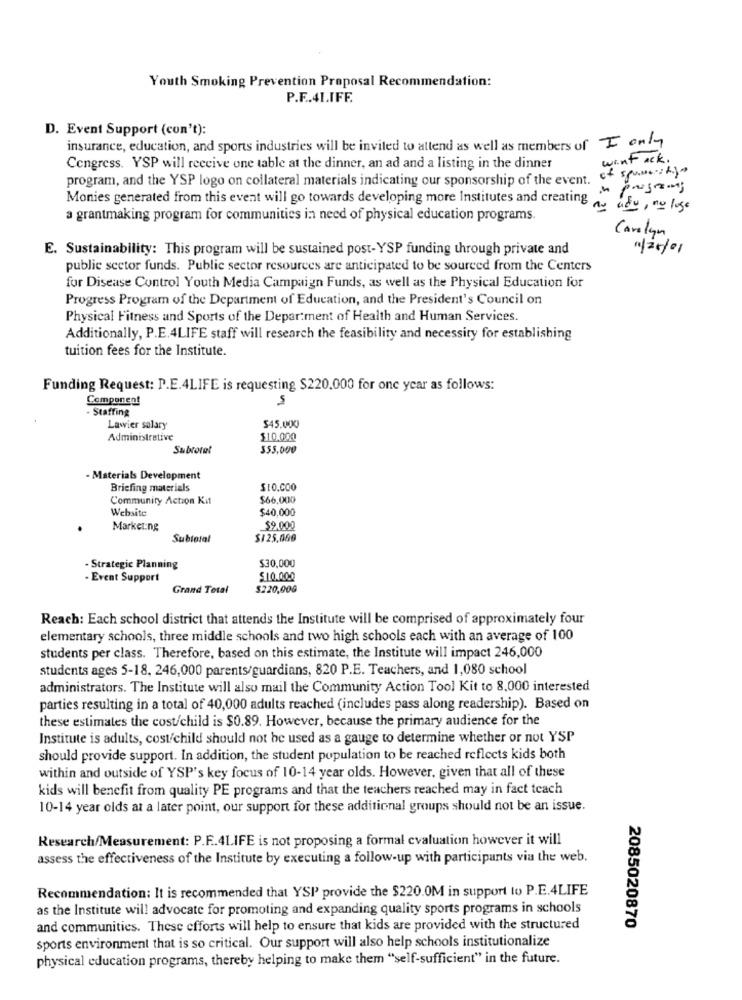
Youth Smoking Prevention Proposal Recommendation:
P.F .. 41.IFF.
D. Event Support (con't):
insurance, education, and sports industries will be invited to attend as well as members of I only
want ack .
Congress. YSP will receive one table at the dinner, an ad and a listing in the dinner
program, and the YSP logo on collateral materials indicating our sponsorship of the event.
n progreing
Monies generated from this event will go towards developing more Institutes and creating
as ady, no loge
a grantmaking program for communities in need of physical education programs.
Carolyn
E. Sustainability: This program will be sustained post-YSP funding through private and
1/10/01
public sector funds. Public sector resources are anticipated to be sourced from the Centers
for Disease Control Youth Media Campaign Funds, as well as the Physical Education for
Progress Program of the Department of Education, and the President's Council on
Physical Fitness and Sports of the Department of Health and Human Services.
Additionally, P.E.4LIFE staff will research the feasibility and necessity for establishing
tuition fees for the Institute.
Funding Request: P.E.4LIFE is requesting $220.000 for one year as follows:
Component
5
- Staffing
Lawier salary
$45.000
Administrative
$10.000
Subtotal
355,000
- Materials Development
Briefing materials
$10.000
Community Action Kit
$66.000
Website
$40,000
Marketing
$9.000
Subtotal
$125,080
Strategic Planning
$30,000
- Event Support
$10.000
Grand Total
$220,00G
Reach: Each school district that attends the Institute will be comprised of approximately four
elementary schools, three middle schools and two high schools each with an average of 100
students per class. Therefore, based on this estimate, the Institute will impact 246,000
students ages 5-18, 246,000 parents/guardians, 820 P.E. Teachers, and 1,080 school
administrators. The Institute will also mail the Community Action Tool Kit to 8,000 interested
parties resulting in a total of 40,000 adults reached (includes pass along readership). Based on
these estimates the cost/child is $0.89. However, because the primary audience for the
Institute is adults, cost/child should not be used as a gauge to determine whether or not YSP
should provide support. In addition, the student population to be reached reflects kids both
within and outside of YSP's key focus of 10-14 year olds. However, given that all of these
kids will benefit from quality PE programs and that the teachers reached may in fact teach
10-14 year olds at a later point, our support for these additional groups should not be an issue.
Research/Measurement: P.F .. 4LIFE is not proposing a formal cvaluation however it will
assess the effectiveness of the Institute by executing a follow-up with participants via the web.
Recommendation: It is recommended that YSI provide the $220.0M in support to P.E.4LIFE
as the Institute will advocate for promoting and expanding quality sports programs in schools
and communities. These efforts will help to ensure that kids are provided with the structured
2085020870
sports environment that is so critical. Our support will also help schools institutionalize
physical education programs, thereby helping to make them "self-sufficient" in the future.